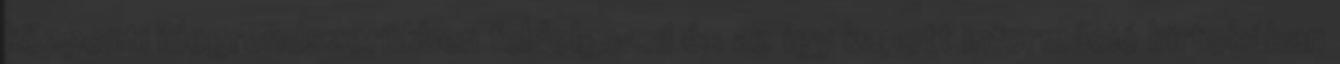
központi idegrendszerükben feldolgozni és az így kapott információ birtokában